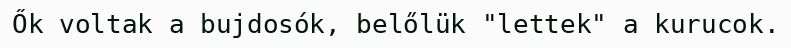
Ők voltak a bujdosók, belőlük "lettek" a kurucok.